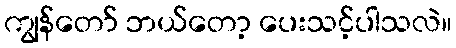
ကျွန်တော် ဘယ်တော့ ပေးသင့်ပါသလဲ။